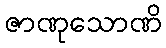
ဇာဏုသောဏိ